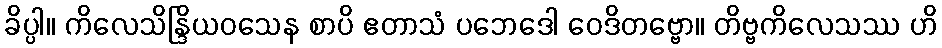
ခိပ္ပါ။ ကိလေသိန္ဒြိယဝသေန စာပိ ဧတာသံ ပဘေဒေါ ဝေဒိတဗ္ဗော။ တိဗ္ဗကိလေသဿ ဟိ